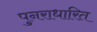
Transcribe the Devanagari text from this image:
पुनराधारित